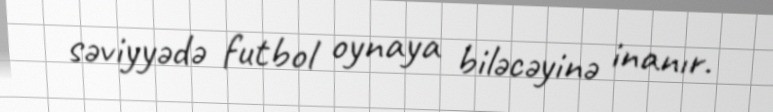
səviyyədə futbol oynaya biləcəyinə inanır.